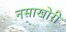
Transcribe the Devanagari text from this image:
नसाखोरी